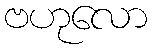
ဗဟုလော